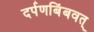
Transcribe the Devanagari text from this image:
दर्पणबिंबवत्